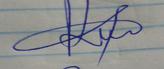
Signature authenticity: genuine